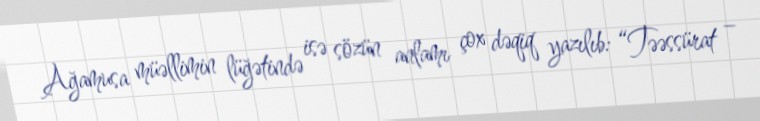
Ağamusa müəllimin lüğətində isə sözün anlamı çox dəqiq yazılıb: “Təəssürat –